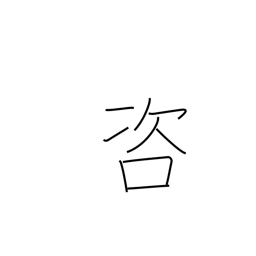
Meaning: investigate